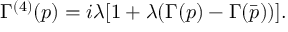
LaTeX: \Gamma ^ { ( 4 ) } ( p ) = i \lambda [ 1 + \lambda ( \Gamma ( p ) - \Gamma ( \bar { p } ) ) ] .